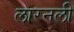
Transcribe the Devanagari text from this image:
लारनली